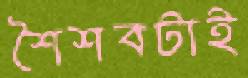
শৈশবটাই